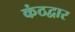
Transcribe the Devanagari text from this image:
कंठद्वार